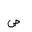
Letter: _sad